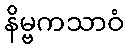
နိမ္ဗကသာဝံ